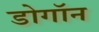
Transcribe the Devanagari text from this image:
डोगॉन